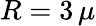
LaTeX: R=3\, \mu